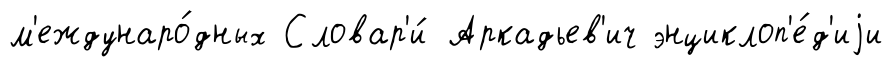
м'еждунаро́дных Словар'и́ Аркадьев'ич энциклоп'е́д'иjи